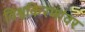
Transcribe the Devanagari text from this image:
विश्वकिरणांवर